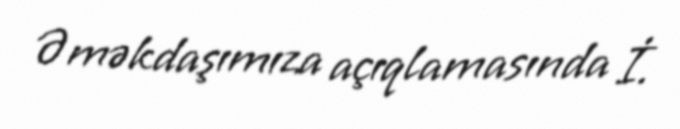
Əməkdaşımıza açıqlamasında İ.